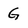
Character: G